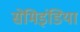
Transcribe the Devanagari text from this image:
सेमिइंडिया